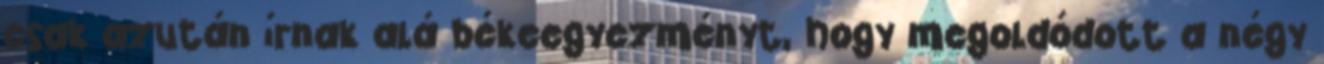
csak azután írnak alá békeegyezményt, hogy megoldódott a négy